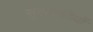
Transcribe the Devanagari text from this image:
सुखवादियों